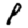
Digit: 8